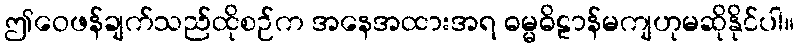
ဤဝေဖန်ချက်သည်ထိုစဉ်က အနေအထားအရ ဓမ္မဓိဠာန်မကျဟုမဆိုနိုင်ပါ။